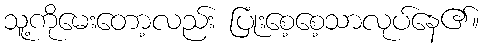
သူ့ကိုမေးတော့လည်း ပြုံးစေ့စေ့သာလုပ်နေ၏။